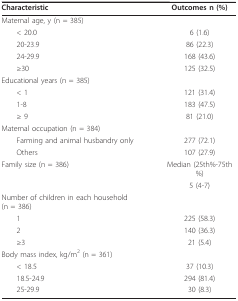
| Characteristic | Outcomes n (%) |
 | --- | --- |
 | Maternal age, y (n = 385) |  |
 | < 20.0 | 6 (1.6) |
 | 20-23.9 | 86 (22.3) |
 | 24-29.9 | 168 (43.6) |
 | ≥30 | 125 (32.5) |
 | Educational years (n = 385) |  |
 | < 1 | 121 (31.4) |
 | 1-8 | 183 (47.5) |
 | ≥ 9 | 81 (21.0) |
 | Maternal occupation (n = 384) |  |
 | Farming and animal husbandry only | 277 (72.1) |
 | Others | 107 (27.9) |
 | Family size (n = 386) | Median (25th%-75th%) |
 |  | 5 (4-7) |
 | Number of children in each household (n = 386) |  |
 | 1 | 225 (58.3) |
 | 2 | 140 (36.3) |
 | ≥3 | 21 (5.4) |
 | Body mass index, kg/m2 (n = 361) |  |
 | < 18.5 | 37 (10.3) |
 | 18.5-24.9 | 294 (81.4) |
 | 25-29.9 | 30 (8.3) |